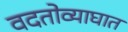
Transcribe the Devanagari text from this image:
वदतोव्याघात